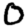
Digit: 0